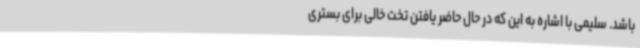
باشد. سلیمی با اشاره به این که در حال حاضر یافتن تخت خالی برای بستری